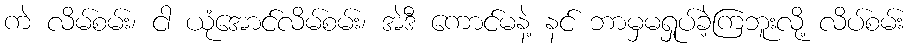
ကဲ လိမ်စမ်း၊ ငါ ယုံအောင်လိမ်စမ်း၊ အဲဒီ ကောင်မနဲ့ နင် ဘာမှမရှုပ်ခဲ့ကြဘူးလို့ လိပ်စမ်း